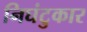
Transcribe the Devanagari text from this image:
निघंटुकार